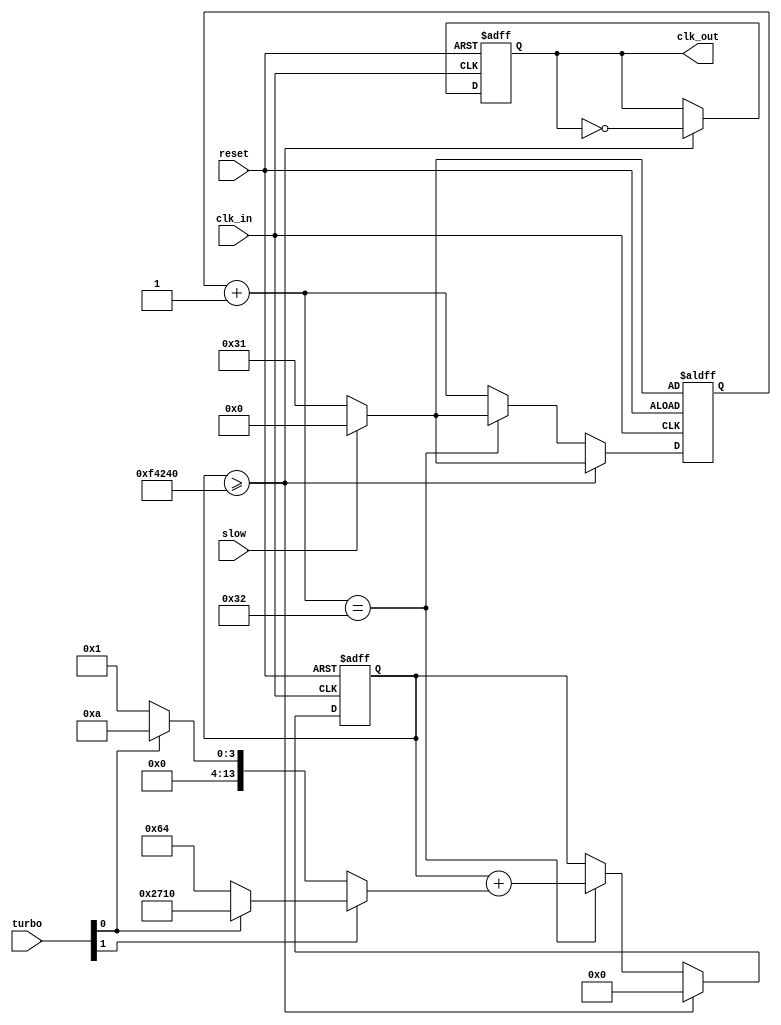
module ClockDivider(
    input            clk_in,
    input            reset,
    input      [1:0] turbo,
    input            slow,
    output reg       clk_out
);

reg  [31:0] counter = 32'b0;
reg   [5:0] slowCtr = 6'b0;

wire  [5:0] slowStart;

always @(posedge clk_in, posedge reset) begin
  if(reset == 1'b1) begin
    counter <= 32'd0;
    clk_out <= 1'b0;
    slowCtr <= slowStart;
  end
  // THE LINE BELOW IS THE ONLY ONE YOU SHOULD NEED TO EDIT
  else if(counter >= 32'd1000000) begin
  // THE LINE ABOVE IS THE ONLY ONE YOU SHOULD NEED TO EDIT
    counter <= 32'd0;
    clk_out <= ~clk_out;
    slowCtr <= slowStart;
  end
  else begin
    slowCtr = slowCtr + 6'b1;
    if(slowCtr == 6'd50) begin
      counter = counter + (turbo[1] ? (turbo[0] ? 32'd10000 : 32'd100) : (turbo[0] ? 32'd10 : 32'd1));
      slowCtr = slowStart;
    end
  end
end

assign slowStart = (slow ? 6'd0 : 6'd49);


endmodule